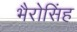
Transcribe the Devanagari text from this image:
भैरोसिंह